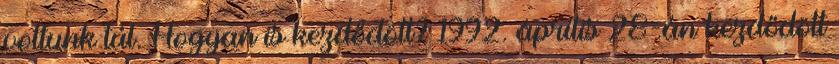
voltunk túl. Hogyan is kezdődött? 1992. április 28-án kezdődött